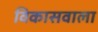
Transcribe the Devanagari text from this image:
विकासवाला